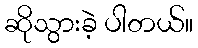
ဆိုသွားခဲ့ ပါတယ်။